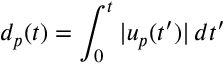
d _ { p } ( t ) = \int _ { 0 } ^ { t } | u _ { p } ( t ^ { \prime } ) | \, d t ^ { \prime }